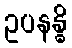
ဥပနန္ဓိ